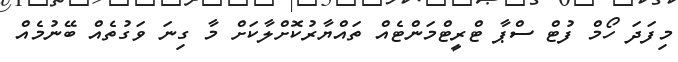
މިފަދަ ހޯމް ފުޓް ސްޕާ ޓްރީޓްމަންޓެއް ތައްޔާރުކޮށްލާކަށް މާ ގިނަ ވަގުތެއް ބޭނުމެއް